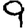
Digit: 9